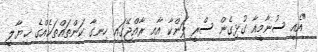
"އެއީ ސުނާމީއާ ގުޅިގެން ސްރީ ލަންކާ އާއި ރާއްޖޭގައި ހިނގާ ކަންތައްތަކެއްގެ ޚިޔާލީ